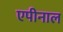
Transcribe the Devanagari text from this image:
एपीनाल